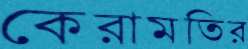
কেরামতির